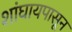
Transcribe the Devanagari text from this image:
शांघायपासून